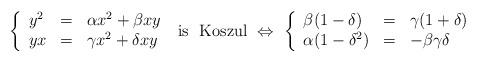
LaTeX: \begin{align*}\left\{ \begin{array}{lll}y^2 & = & \alpha x^2 + \beta xy\\ yx & = & \gamma x^2 + \delta xy\end{array}\right.\ \mbox{is \ Koszul}\ \Leftrightarrow \ \left\{ \begin{array}{lll}\beta (1-\delta) & = & \gamma (1+ \delta) \\ \alpha (1-\delta ^2) & = & -\beta \gamma \delta\end{array}\right.\end{align*}